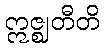
ဣဇ္ဈတီတိ